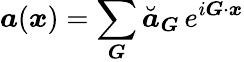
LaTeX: \boldsymbol a(\boldsymbol x)=\sum_{\boldsymbol G}\breve{\boldsymbol a}_{\boldsymbol G}\, e^{i\boldsymbol G\cdot\boldsymbol x}